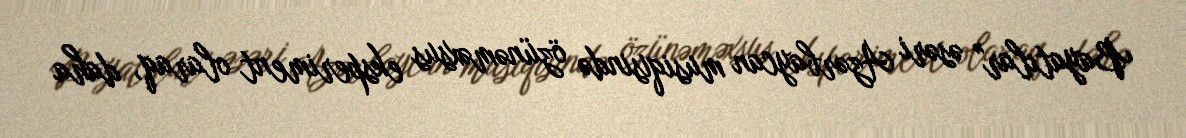
Bayatılar" əsəri Azərbaycan musiqisində özünəməxsus eksperiment olaraq, daha